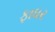
ફાધર